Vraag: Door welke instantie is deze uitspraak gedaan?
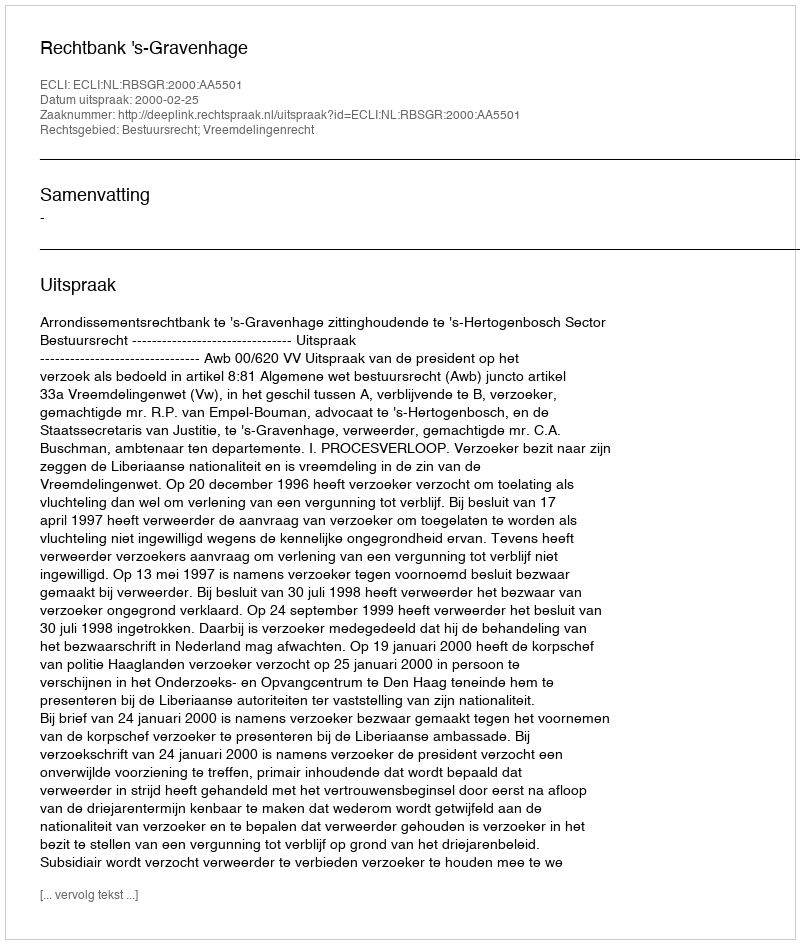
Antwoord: Rechtbank 's-Gravenhage